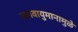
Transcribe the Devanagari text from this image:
जलवायुमानामुळे